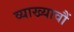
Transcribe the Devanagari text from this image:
व्याख्यावौं